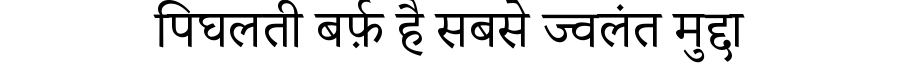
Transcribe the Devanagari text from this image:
पिघलती बर्फ़ है सबसे ज्वलंत मुद्दा